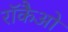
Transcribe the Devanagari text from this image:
रॉकैओ